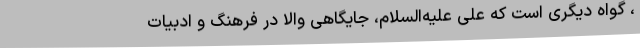
، گواه دیگری است که علی علیه‌السلام، جایگاهی والا در فرهنگ و ادبیات